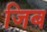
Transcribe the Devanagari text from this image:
जिब